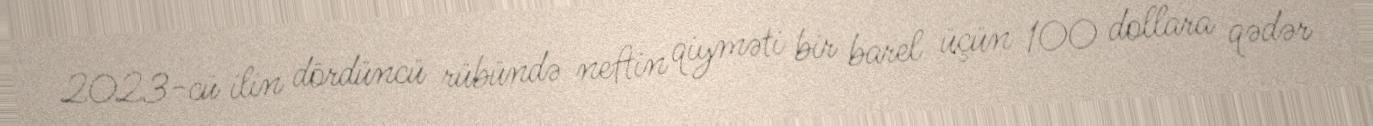
2023-cü ilin dördüncü rübündə neftin qiyməti bir barel üçün 100 dollara qədər